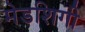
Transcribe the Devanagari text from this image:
मेडशिगी